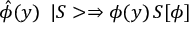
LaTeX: \hat { \phi } ( y ) \, \ | S > \Rightarrow \phi ( y ) \, S [ \phi ]